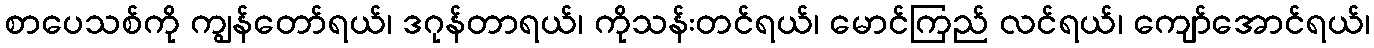
စာပေသစ်ကို ကျွန်တော်ရယ်၊ ဒဂုန်တာရယ်၊ ကိုသန်းတင်ရယ်၊ မောင်ကြည် လင်ရယ်၊ ကျော်အောင်ရယ်၊